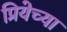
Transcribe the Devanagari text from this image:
प्रियेच्या